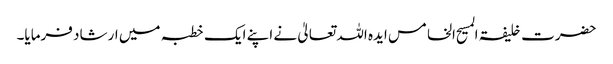
حضرت خلیفۃ المسیح الخامس ایدہ اللہ تعالیٰ نے اپنے ایک خطبہ میں ارشاد فرمایا۔